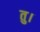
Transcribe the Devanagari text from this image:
तु।